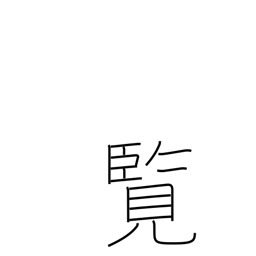
Meaning: perusal